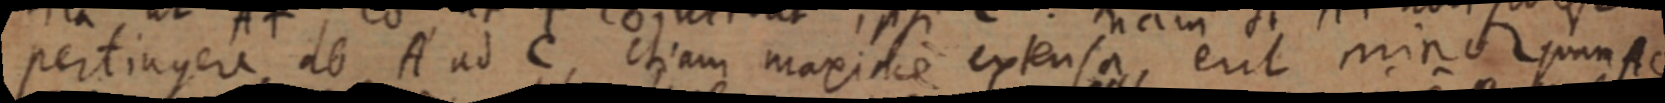
pertingere ab A ad C, etiam maxime extensa, eut minor quam AC